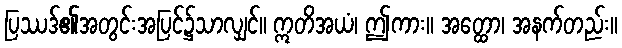
ပြဿဒ်၏အတွင်းအပြင်၌သာလျှင်။ ဣတိအယံ၊ ဤကား။ အတ္ထော၊ အနက်တည်း။